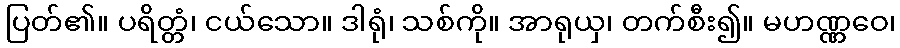
ပြတ်၏။ ပရိတ္တံ၊ ငယ်သော။ ဒါရုံ၊ သစ်ကို။ အာရုယှ၊ တက်စီး၍။ မဟဏ္ဏဝေ၊